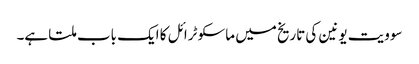
سوویت یونین کی تاریخ میں ماسکو ٹرائل کا ایک باب ملتا ہے۔